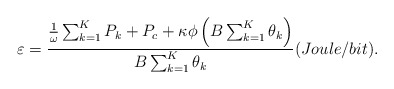
\begin{align*}\varepsilon=\frac{\frac{1}{\omega}\sum_{k=1}^K P_k+P_c+\kappa\phi\left(B\sum_{k=1}^K\theta_k\right)}{B\sum_{k=1}^K\theta_k}(Joule/bit).\end{align*}